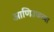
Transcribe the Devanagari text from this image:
आणिउजव्या